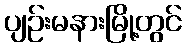
ပျဉ်းမနားမြို့တွင်